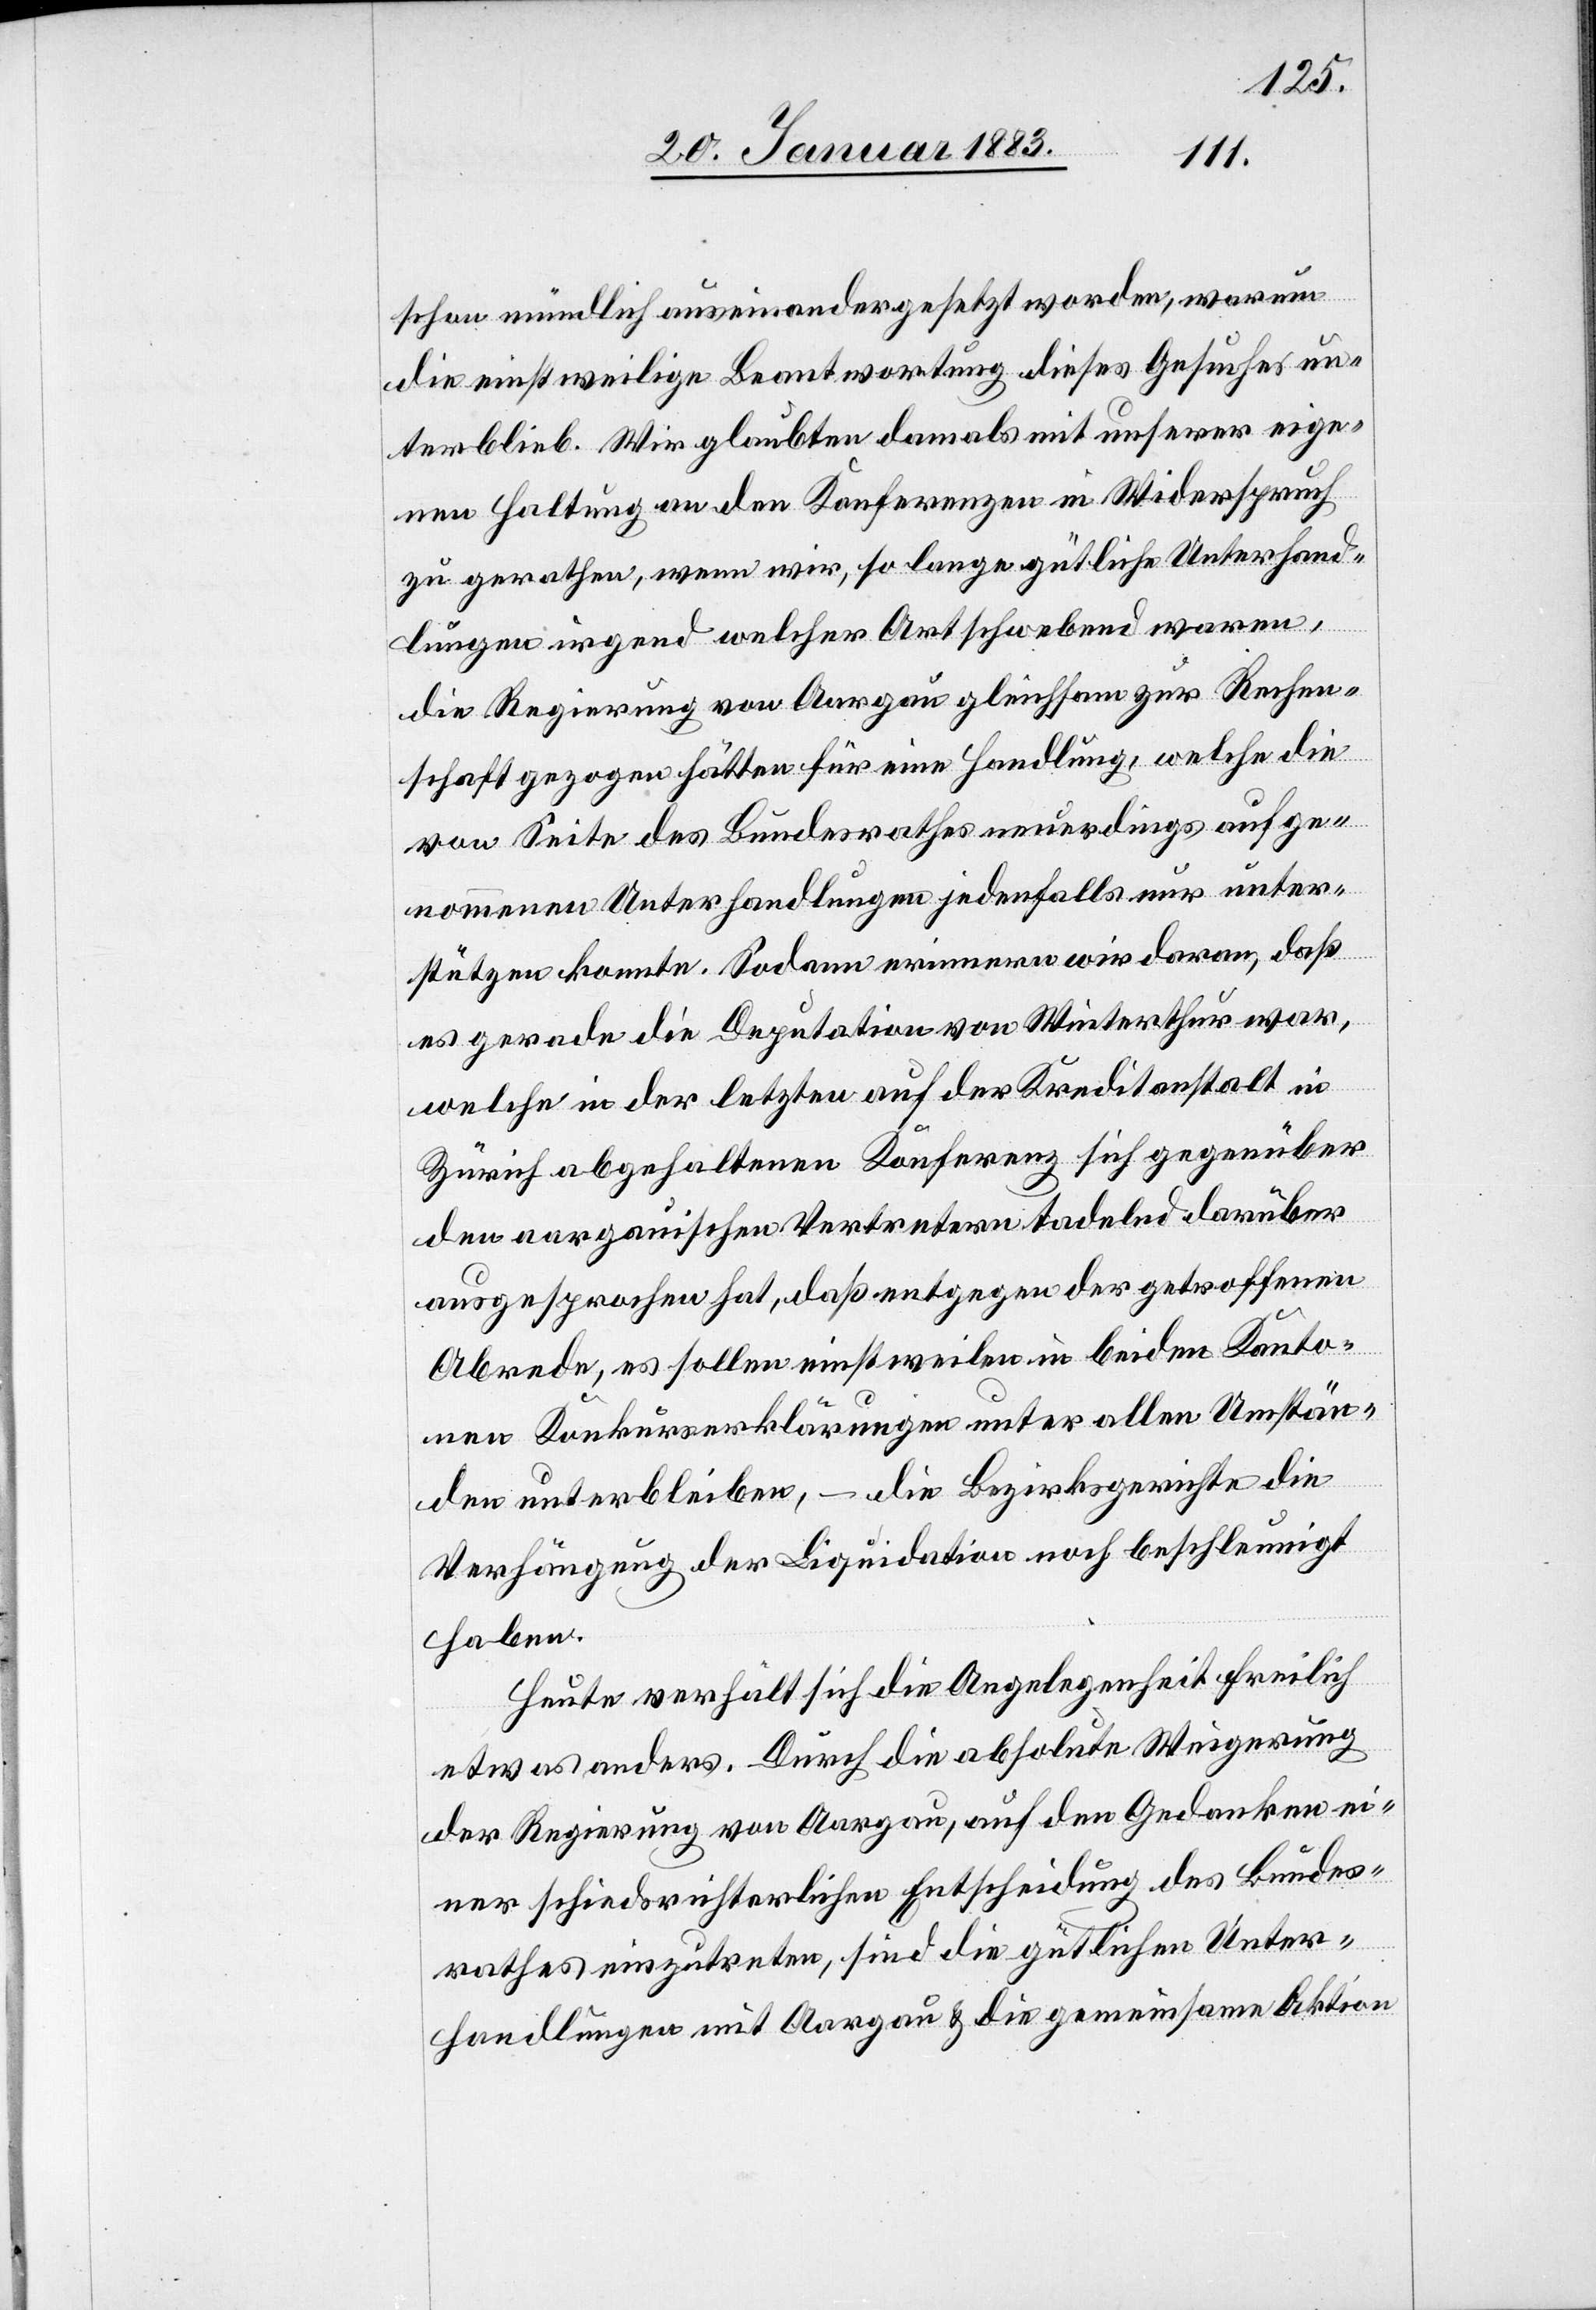
schon mündlich auseinandergesetzt worden, warum
die einstweilige Beantwortung dieses Gesuches un¬
terblieb. Wir glaubten damals mit unserer eige¬
nen Haltung an den Konferenzen in Widerspruch
zu gerathen, wenn wir, so lange gütliche Unterhand¬
lungen irgend welcher Art schwebend waren,
die Regierung von Aargau gleichsam zur Rechen¬
schaft gezogen hätten für eine Handlung, welche die
von Seite des Bundesrathes neuerdings aufge¬
nommenen Unterhandlungen jedenfalls nur unter¬
stützen konnte. Sodann erinnern wir daran, daß
es gerade die Deputation von Winterthur war,
welche in der letzten auf der Kreditanstalt in
Zürich abgehaltenen Konferenz sich gegenüber
den aargauischen Vertretern tadelnd darüber
ausgesprochen hat, daß entgegen der getroffenen
Abrede, es sollen einstweilen in beiden Kanto¬
nen Konkurserklärungen unter allen Umstän¬
den unterbleiben, – die Bezirksgerichte die
Verhängung der Liquidation noch beschleunigt
haben.
Heute verhält sich die Angelegenheit freilich
etwas anders. Durch die absolute Weigerung
der Regierung von Aargau, auf den Gedanken ei¬
ner schiedsrichterlichen Entscheidung des Bundes¬
rathes einzutreten, sind die gütlichen Unter¬
handlungen mit Aargau & die gemeinsame Aktion